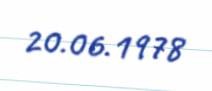
20.06.1978